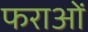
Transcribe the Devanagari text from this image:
फराओं